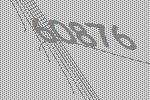
60876